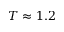
T \approx 1 . 2